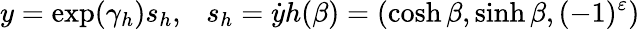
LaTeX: y=\exp(\gamma_{h})s_{h},\ \ \ s_{h}=\dot{y}h(\beta)=(\cosh\beta,\sinh\beta,(-1)^{\varepsilon})